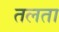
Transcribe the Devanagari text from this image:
तलता